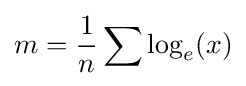
m={\frac {1}{n}}\sum \log _{e}(x)